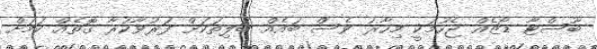
ބޫސްޓާ ޑޯޒެއް ޖެހުމަކީ މިހާރު ވެސް ބައެއް ބަލިތަކަށް ފަރުވާކުރާ ގޮތެއް ކަމަށް